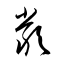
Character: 厳